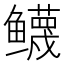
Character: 𱈙